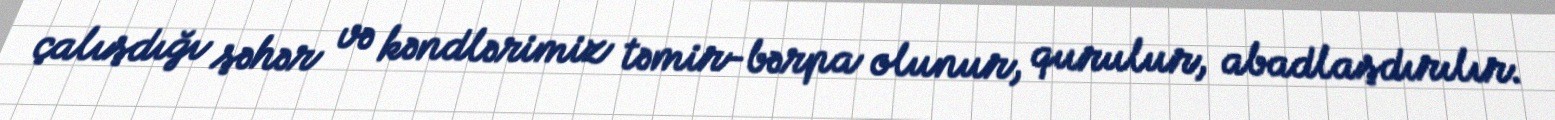
çalışdığı şəhər və kəndlərimiz təmir-bərpa olunur, qurulur, abadlaşdırılır.